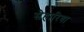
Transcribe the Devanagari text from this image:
सेहारिया